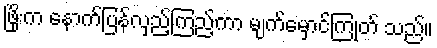
ဖြိုးက နောက်ပြန်လှည့်ကြည့်ကာ မျက်မှောင်ကြုတ် သည်။